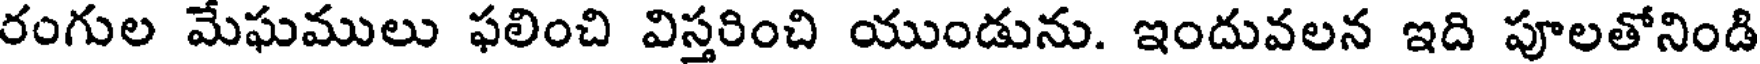
రంగుల మేఘములు ఫలించి విస్తరించి యుండును. ఇందువలన ఇది పూలతోనిండి